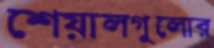
শেয়ালগুলোর